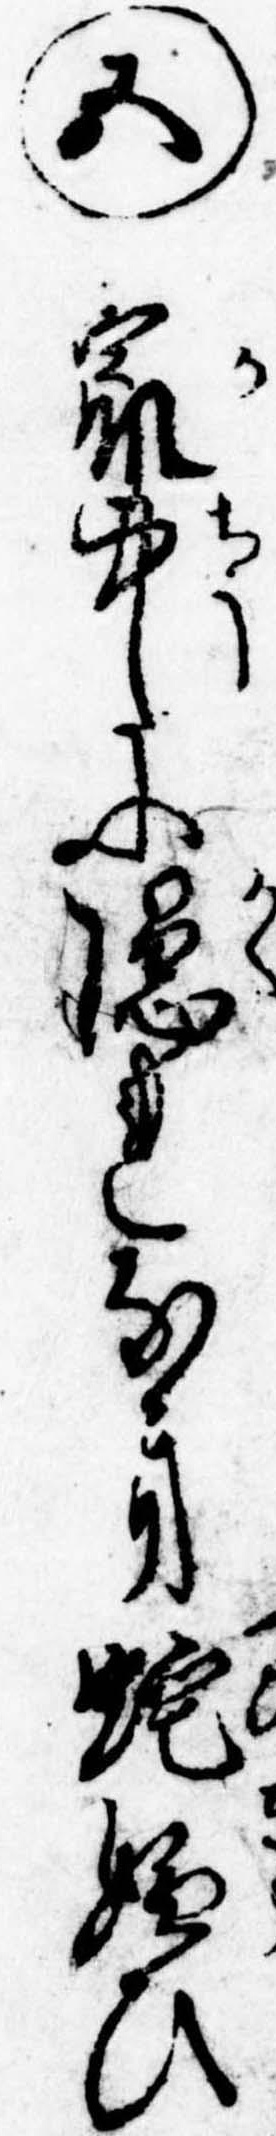
㊄家中に隠れなき蛇嫌ひ